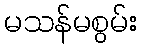
မသန်မစွမ်း